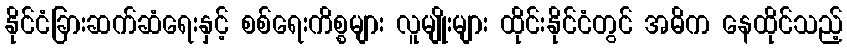
နိုင်ငံခြားဆက်ဆံရေးနှင့် စစ်ရေးကိစ္စများ လူမျိုးများ ထိုင်းနိုင်ငံတွင် အဓိက နေထိုင်သည့်